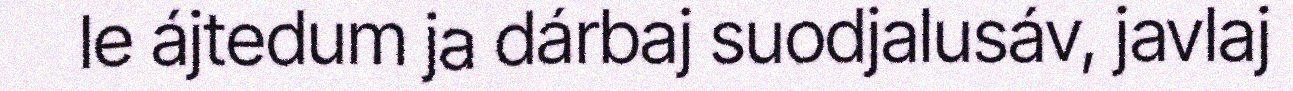
le ájtedum ja dárbaj suodjalusáv, javlaj